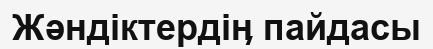
Жәндіктердіӊ пайдасы